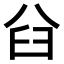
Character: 𠔒